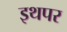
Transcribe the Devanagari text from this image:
इथपर